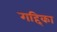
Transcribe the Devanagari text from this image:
गद्दिका